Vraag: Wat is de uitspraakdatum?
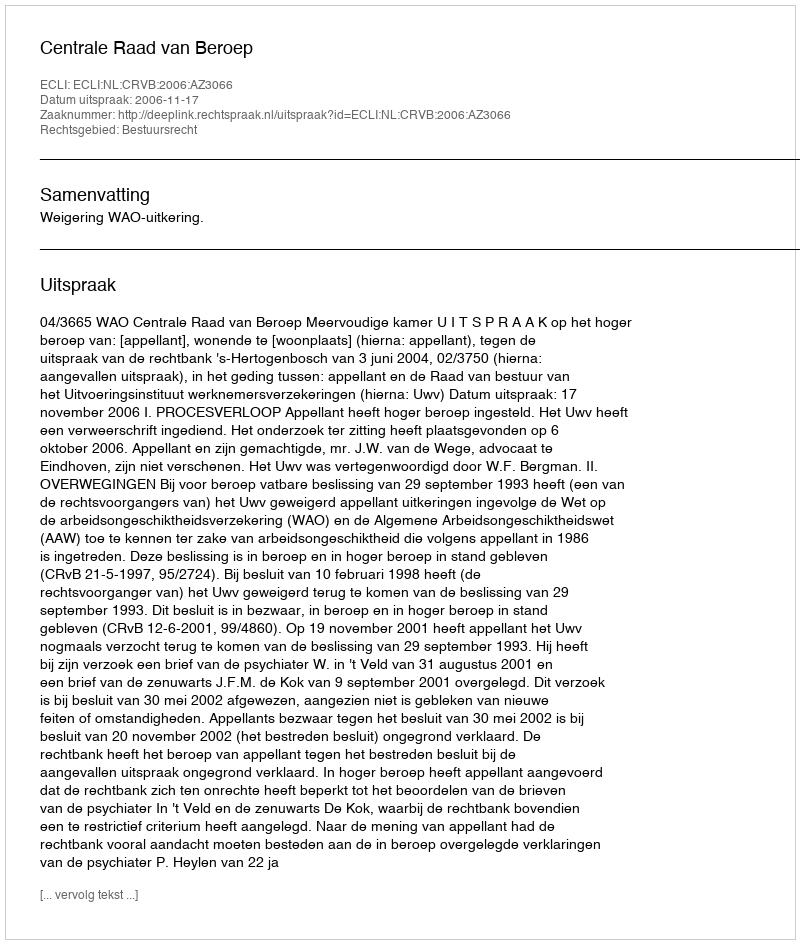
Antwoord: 2006-11-17